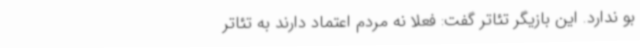
بو ندارد. این بازیگر تئاتر گفت: فعلا نه مردم اعتماد دارند به تئاتر